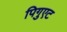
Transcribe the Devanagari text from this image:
पिगुएट